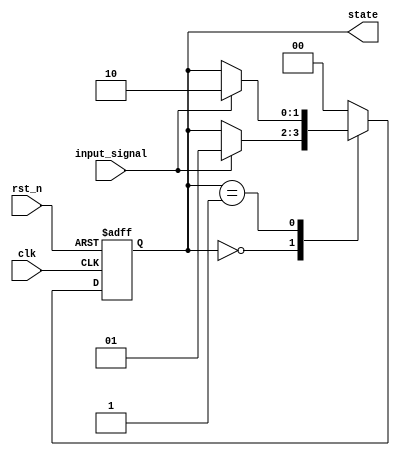
module fsm_example (
    input wire clk,          // Clock input
    input wire rst_n,       // Active low reset
    input wire input_signal, // Input signal to control state transitions
    output reg [1:0] state  // 2-bit state output
);

// State encoding
localparam STATE_IDLE = 2'b00;
localparam STATE_ACTIVE = 2'b01;
localparam STATE_DONE = 2'b10;

// Initial state
initial begin
    state = STATE_IDLE;
end

// Sequential block triggered by clock and reset
always @(posedge clk or negedge rst_n) begin
    if (!rst_n) begin
        // Reset state
        state <= STATE_IDLE;
    end else begin
        // State transition logic
        case (state)
            STATE_IDLE: begin
                if (input_signal) begin
                    state <= STATE_ACTIVE; // Transition to ACTIVE state
                end
            end
            
            STATE_ACTIVE: begin
                // Perform some action in ACTIVE state
                // Transition to DONE state based on some condition
                if (input_signal) begin
                    state <= STATE_DONE; // Transition to DONE state
                end
            end
            
            STATE_DONE: begin
                // Return to IDLE state after completing the action
                state <= STATE_IDLE; // Transition back to IDLE state
            end
            
            default: state <= STATE_IDLE; // Default case
        endcase
    end
end

endmodule